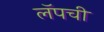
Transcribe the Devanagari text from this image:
लॅपची